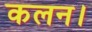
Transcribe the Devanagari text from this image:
कलन।